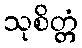
သုစိတ္တံ